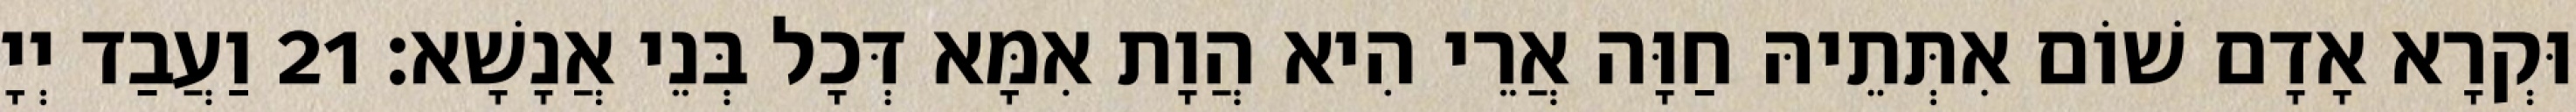
וּקְרָא אָדָם שׁוֹם אִתְּתֵיהּ חַוָּה אֲרֵי הִיא הֲוָת אִמָּא דְּכָל בְּנֵי אֲנָשָׁא׃ 21 וַעֲבַד יְיָ